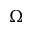
\Omega